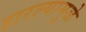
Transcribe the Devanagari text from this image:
हारल्यामुळे